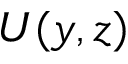
{ U } ( y , z )